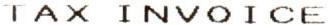
TAX INVOICE